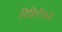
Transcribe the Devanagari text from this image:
विहिरीकडे